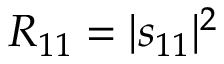
R _ { 1 1 } = | s _ { 1 1 } | ^ { 2 }